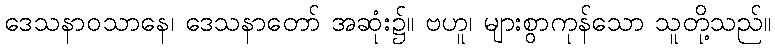
ဒေသနာဝသာနေ၊ ဒေသနာတော် အဆုံး၌။ ဗဟူ၊ များစွာကုန်သော သူတို့သည်။